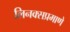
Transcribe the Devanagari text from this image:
लिनक्सप्रमाणे